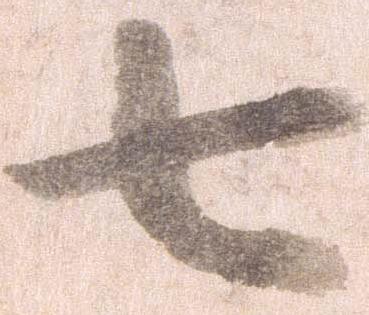
七